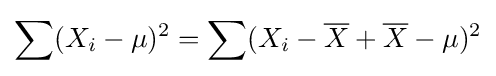
\sum (X_{i}-\mu )^{2}=\sum (X_{i}-{\overline {X}}+{\overline {X}}-\mu )^{2}